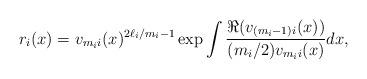
LaTeX: \begin{align*}r_i(x) = v_{m_ii}(x)^{2\ell_i/m_i-1}\exp\int\frac{\Re(v_{(m_i-1)i}(x))}{(m_i/2)v_{m_ii}(x)}dx,\end{align*}